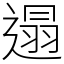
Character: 遢